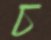
চ